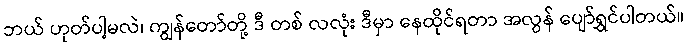
ဘယ် ဟုတ်ပါ့မလဲ၊ ကျွန်တော်တို့ ဒီ တစ် လလုံး ဒီမှာ နေထိုင်ရတာ အလွန် ပျော်ရွှင်ပါတယ်။